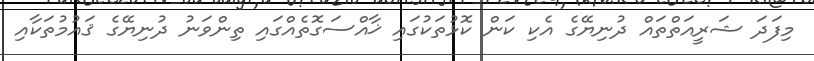
މިފަދަ ޝަރީއަތްތައް ދުނިޔޭގެ އެކި ކަން ކޮޅުތަކުގައި ޚާއްސަގޮތެއްގައި ތިންވަނު ދުނިޔޭގެ ޤައުމުތަކާއި